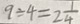
9 \div 4 = 2 \frac { 1 } { 4 }